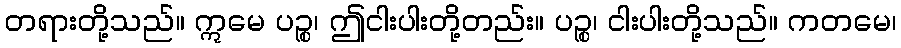
တရားတို့သည်။ ဣမေ ပဉ္စ၊ ဤငါးပါးတို့တည်း။ ပဉ္စ၊ ငါးပါးတို့သည်။ ကတမေ၊